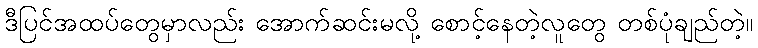
ဒီပြင်အထပ်တွေမှာလည်း အောက်ဆင်းမလို့ စောင့်နေတဲ့လူတွေ တစ်ပုံချည်တဲ့။